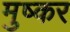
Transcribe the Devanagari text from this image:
मुष्कर